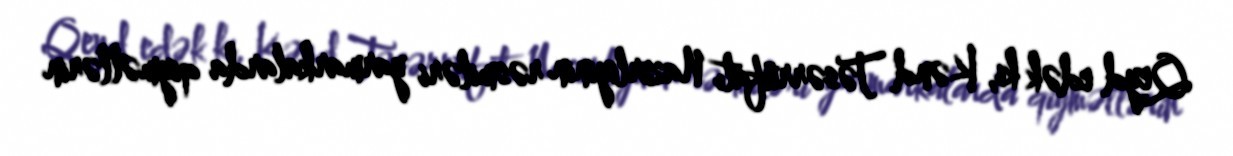
Qeyd edək ki, Kənd Təsərrüfatı Nazirliyinin rəsmiləri yarmarkalarda qiymətlərin